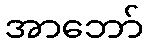
အာဘော်